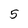
Character: 5